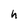
Character: h